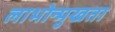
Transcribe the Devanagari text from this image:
लाभोन्मुखता